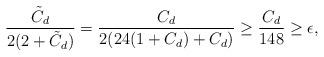
LaTeX: \begin{align*}\frac{\tilde{C}_d}{2(2+\tilde{C}_d)}=\frac{C_d}{2(24(1+C_d)+C_d)}\geq \frac{C_d}{148}\geq\epsilon,\end{align*}